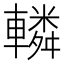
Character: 轔